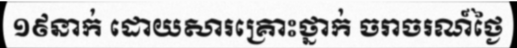
១៩នាក់ ដោយសារគ្រោះថ្នាក់ ចរាចរណ៍ថ្ងៃ